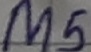
Text: M5